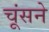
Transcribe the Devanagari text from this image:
चूंसने